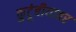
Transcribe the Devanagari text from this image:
कुटूंबीयावर